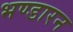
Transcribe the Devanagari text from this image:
भण्डारन